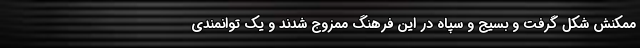
ممکنش شکل گرفت و بسیج و سپاه در این فرهنگ ممزوج شدند و یک توانمندی